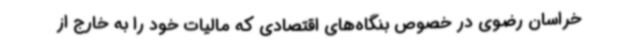
خراسان رضوی در خصوص بنگاه‌های اقتصادی که مالیات خود را به خارج از